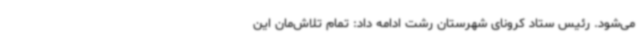
می‌شود. رئیس ستاد کرونای شهرستان رشت ادامه داد: تمام تلاش‌مان این